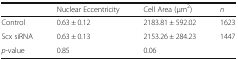
<table><thead><tr><td></td><td><b>Nuclear Eccentricity</b></td><td><b>Cell Area (μm<sup>2</sup>)</b></td><td><b><i>n</i></b></td></tr></thead><tbody><tr><td>Control</td><td>0.63 ± 0.12</td><td>2183.81 ± 592.02</td><td>1623</td></tr><tr><td>Scx siRNA</td><td>0.63 ± 0.13</td><td>2153.26 ± 284.23</td><td>1447</td></tr><tr><td><i>p</i>-value</td><td>0.85</td><td>0.06</td><td></td></tr></tbody></table>